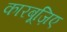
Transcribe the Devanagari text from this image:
कारबूज़िए